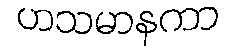
ဟသမာနကာ